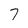
Character: 7